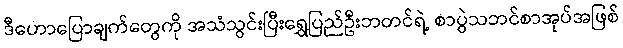
ဒီဟောပြောချက်တွေကို အသံသွင်းပြီးရွှေပြည်ဦးဘတင်ရဲ့ စာပွဲသဘင်စာအုပ်အဖြစ်